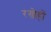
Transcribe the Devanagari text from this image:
रखेहों